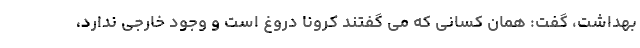
بهداشت، گفت: همان کسانی که می گفتند کرونا دروغ است و وجود خارجی ندارد،